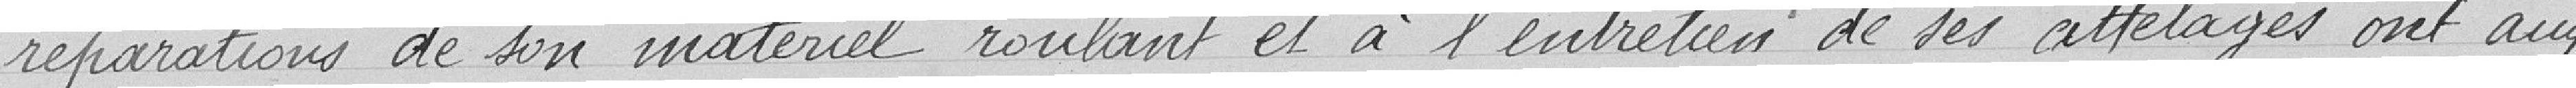
réparations de son matériel roulant et à l'entretien de ses attelages ont aug-